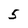
Character: 5